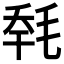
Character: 𣭹